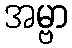
အမ္ဗာ